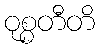
ဝုစ္စတီတိ